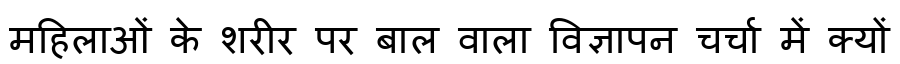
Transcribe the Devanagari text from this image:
महिलाओं के शरीर पर बाल वाला विज्ञापन चर्चा में क्यों